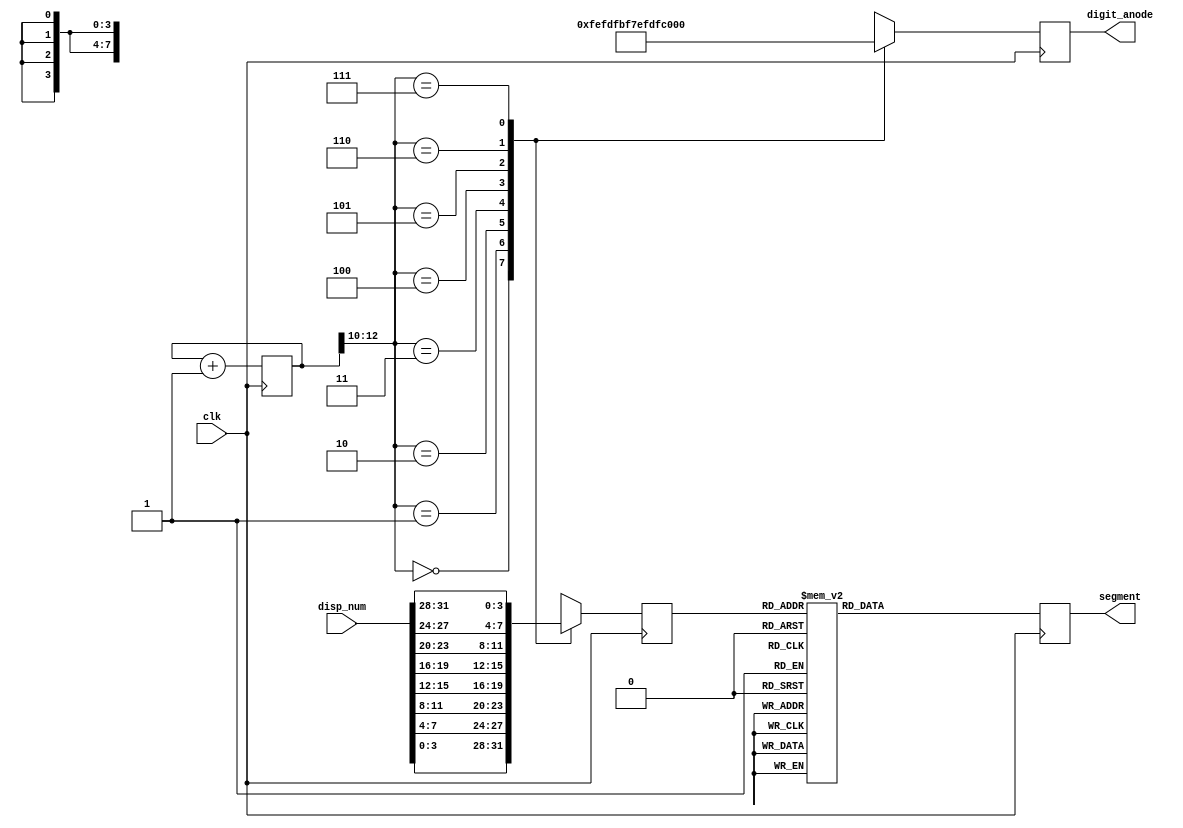
module display32bits(clk,disp_num,digit_anode,segment);
	input          clk;
	input  [31:0]  disp_num;
	output [7:0]   digit_anode;
	output [7:0]   segment;
	
	reg    [7:0]   digit_anode;
	reg    [7:0]   segment;
	reg    [12:0]  cnt=0;
	wire   [31:0]  disp_num;
	reg    [3:0]   num; 
always@(posedge clk)begin
		case(cnt[12:10])
			 3'b000:begin
			 digit_anode <= 8'b11111110;
			 num <= disp_num[3:0];
			 end
			3'b001:begin
			  digit_anode <= 8'b11111101;
			  num <= disp_num[7:4];
			  end
			 3'b010:begin
			  digit_anode <= 8'b11111011;
				num <= disp_num[11:8];
			  end
			 3'b011:begin
			  digit_anode <= 8'b11110111;
			  num <= disp_num[15:12];
			  end
			 3'b100:begin
			 digit_anode <= 8'b11101111;
			 num <= disp_num[19:16];
			 end
			3'b101:begin
			  digit_anode <= 8'b11011111;
			  num <= disp_num[23:20];
			  end
			 3'b110:begin
			  digit_anode <= 8'b10111111;
				num <= disp_num[27:24];
			  end
			 3'b111:begin
			  digit_anode <= 8'b01111111;
			  num <= disp_num[31:28];
			  end
		endcase
case(num)
			4'b0000:segment<=8'b11000000;
			4'b0001:segment<=8'b11111001;
			4'b0010:segment<=8'b10100100;
			4'b0011:segment<=8'b10110000;
			4'b0100:segment<=8'b10011001;
			4'b0101:segment<=8'b10010010;
			4'b0110:segment<=8'b10000010;
			4'b0111:segment<=8'b11111000;
			4'b1000:segment<=8'b10000000;
			4'b1001:segment<=8'b10010000;
			4'b1010:segment<=8'b10001000;
			4'b1011:segment<=8'b10000011;
			4'b1100:segment<=8'b11000110;
			4'b1101:segment<=8'b10100001;
			4'b1110:segment<=8'b10000110;
			4'b1111:segment<=8'b10001110;
		endcase 
	end
	always@(posedge clk) begin
			cnt<=cnt+1;
	end
endmodule